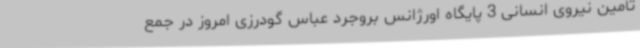
تأمین نیروی انسانی 3 پایگاه اورژانس بروجرد عباس گودرزی امروز در جمع